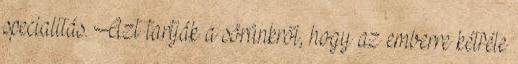
specialitás. Azt tartják a sörünkről, hogy az emberre kétféle